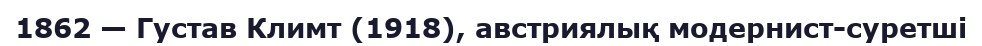
1862 — Густав Климт (1918), австриялық модернист-суретші